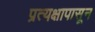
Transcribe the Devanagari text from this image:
प्रत्यक्षापासून